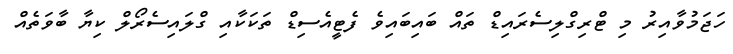
ހަޖަމުވާއިރު މި ޓްރިގްލިސެރައިޑް ތައް ބައިބައިވެ ފެޓީއެސިޑް ތަކަކާއި ގްލައިސެރޯލް ކިޔާ ބާވަތެއް